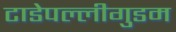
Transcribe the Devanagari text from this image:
टाडेपल्लीगुडम